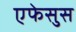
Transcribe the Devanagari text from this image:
एफेसुस